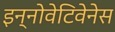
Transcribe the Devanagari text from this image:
इन्नोवेटिवेनेस